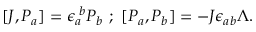
[ J , P _ { a } ] = \epsilon _ { a } ^ { \, \, b } P _ { b } \, \, ; \, \, [ P _ { a } , P _ { b } ] = - J \epsilon _ { a b } \Lambda .